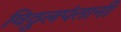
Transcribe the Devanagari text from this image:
विठ्ठलपंतानी